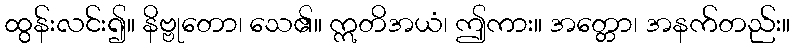
ထွန်းလင်း၍။ နိဗ္ဗုတော၊ သေ၏။ ဣတိအယံ၊ ဤကား။ အတ္တော၊ အနက်တည်း။